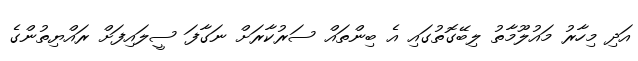
އަދި މިހާރު މައުލޫމާތު ލިބޭގޮތުގައި އެ ބިންތައް ސަރުކާރަށް ނަގާފަ ސީލައިފަށް ރައްޔިތުންގެ